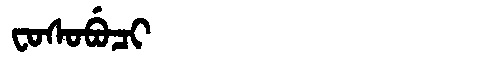
Manchu: ᠸᠣᠰᠣᠪᡠᠴᡳ
Romanization: FOSOBUCI